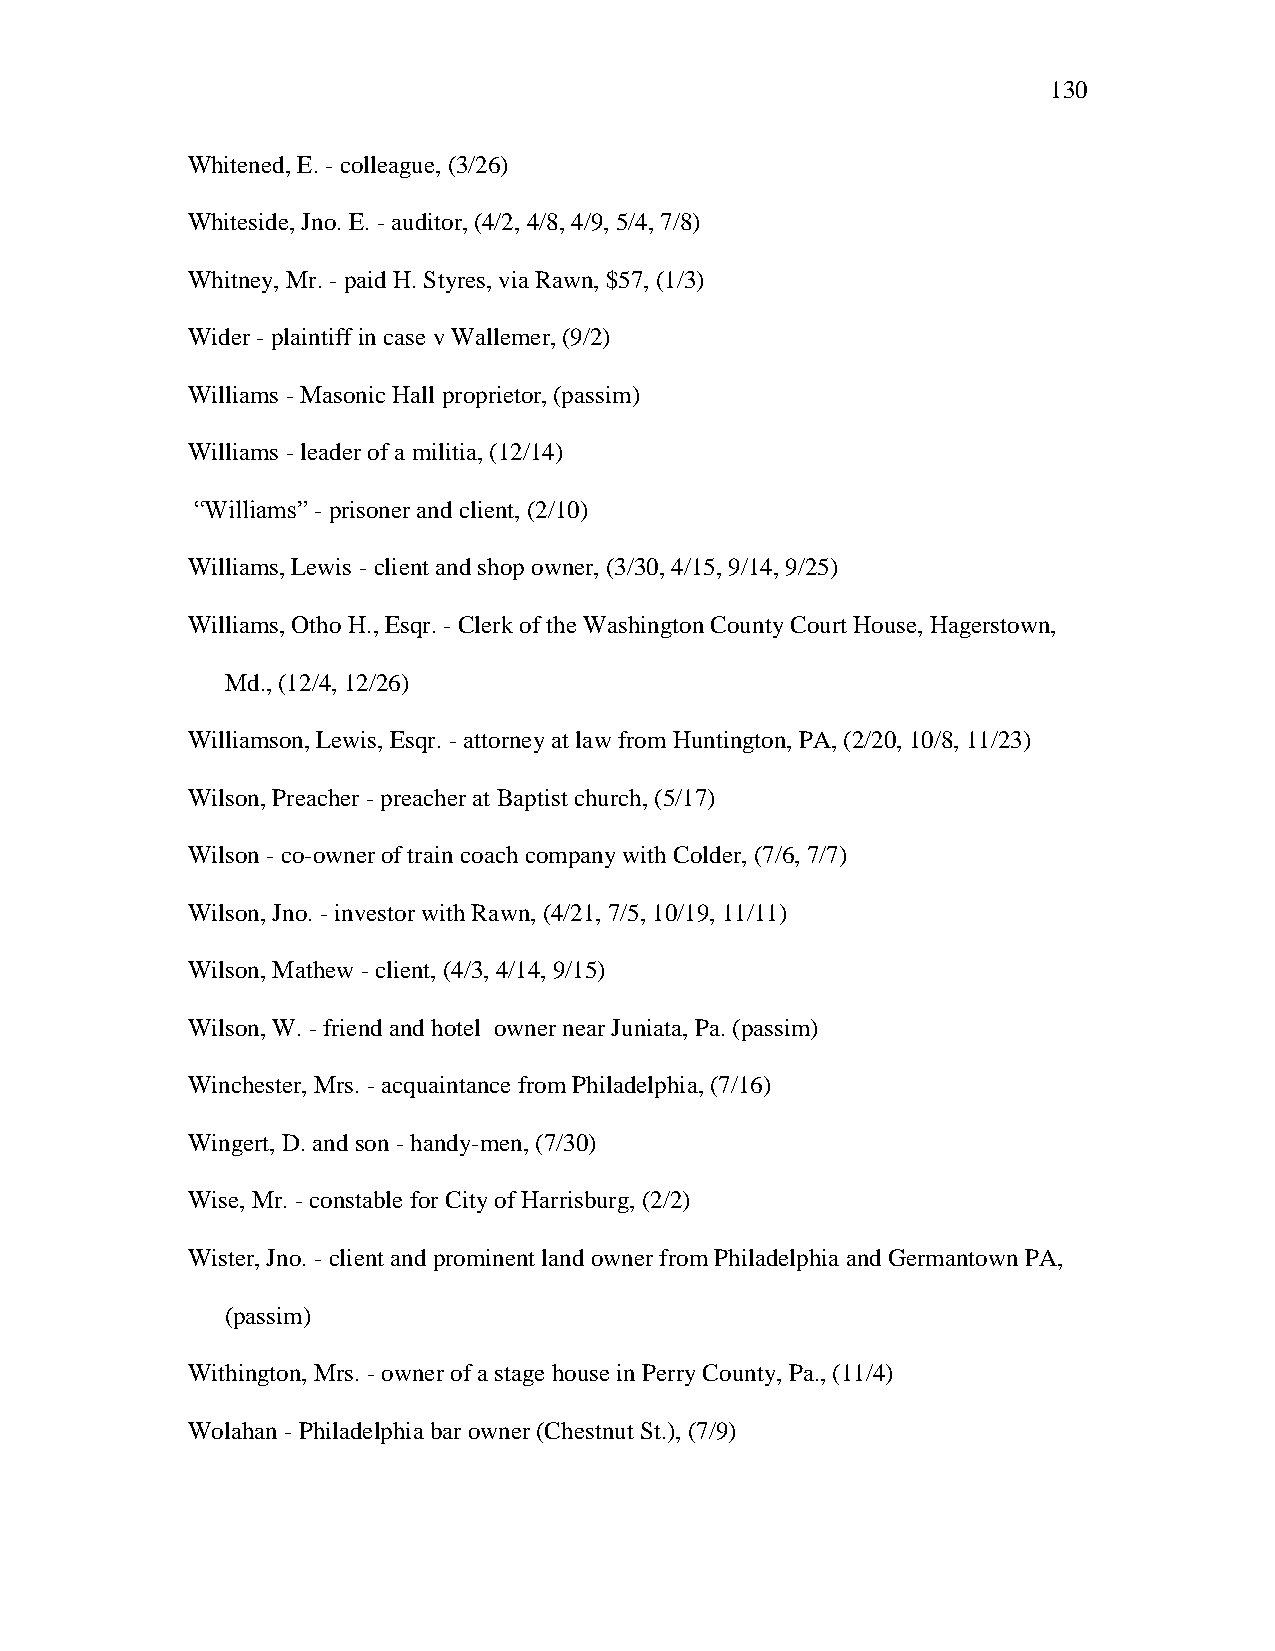
130
 Whitened, E. - colleague, (3/26)
 Whiteside, Jno. E. - auditor, (4/2, 4/8, 4/9, 5/4, 7/8)
 Whitney, Mr. - paid H. Styres, via Rawn, $57, (1/3)
 Wider - plaintiff in case v Wallemer, (9/2)
 Williams - Masonic Hall proprietor, (passim)
 Williams - leader of a militia, (12/14)
 ―Williams‖ - prisoner and client, (2/10)
 Williams, Lewis - client and shop owner, (3/30, 4/15, 9/14, 9/25)
 Williams, Otho H., Esqr. - Clerk of the Washington County Court House, Hagerstown,
 Md., (12/4, 12/26)
 Williamson, Lewis, Esqr. - attorney at law from Huntington, PA, (2/20, 10/8, 11/23)
 Wilson, Preacher - preacher at Baptist church, (5/17)
 Wilson - co-owner of train coach company with Colder, (7/6, 7/7)
 Wilson, Jno. - investor with Rawn, (4/21, 7/5, 10/19, 11/11)
 Wilson, Mathew - client, (4/3, 4/14, 9/15)
 Wilson, W. - friend and hotel owner near Juniata, Pa. (passim)
 Winchester, Mrs. - acquaintance from Philadelphia, (7/16)
 Wingert, D. and son - handy-men, (7/30)
 Wise, Mr. - constable for City of Harrisburg, (2/2)
 Wister, Jno. - client and prominent land owner from Philadelphia and Germantown PA,
 (passim)
 Withington, Mrs. - owner of a stage house in Perry County, Pa., (11/4)
 Wolahan - Philadelphia bar owner (Chestnut St.), (7/9)